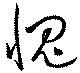
愧